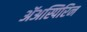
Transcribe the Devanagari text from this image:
ॲअस्पिरिन